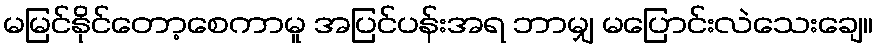
မမြင်နိုင်တော့စေကာမူ အပြင်ပန်းအရ ဘာမျှ မပြောင်းလဲသေးချေ။